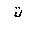
Letter: _ta